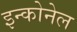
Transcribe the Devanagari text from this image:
इन्कोनेल